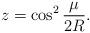
LaTeX: \begin{align*} z = \cos^2 \frac{\mu}{2R}.\end{align*}